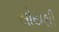
સોયથી